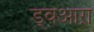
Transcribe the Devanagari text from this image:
ड्वआऱा